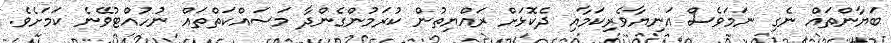
ބަޔާންތައް ނެގި ނަމަވެސް އަނިޔާވެރިކަމާއި ދެކޮޅަށް ރައްޔިތުން ކުރަމުންގެންދާ މަސައްކަތްތައް ނުހުއްޓުވޭނެ ކަމަށެވެ.